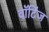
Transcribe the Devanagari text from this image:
वॉटिंज